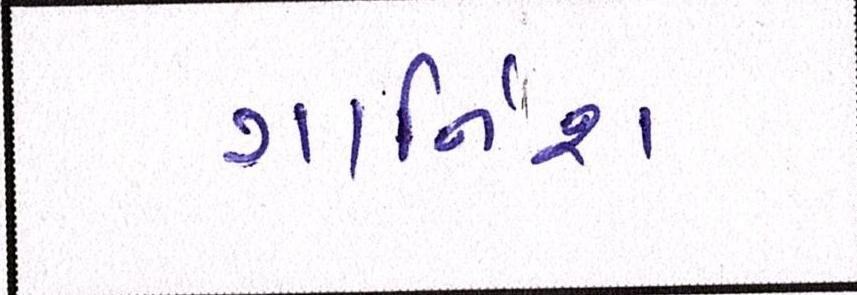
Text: ગાર્નિશ